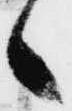
候